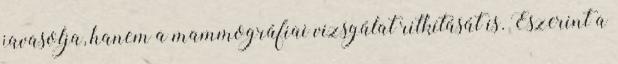
javasolja, hanem a mammográfiai vizsgálat ritkítását is. Eszerint a